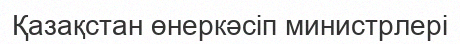
Қазақстан өнеркәсіп министрлері